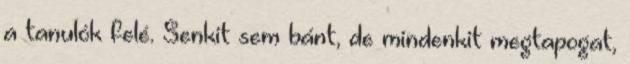
a tanulók felé. Senkit sem bánt, de mindenkit megtapogat,